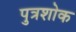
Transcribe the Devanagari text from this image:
पुत्रशोक